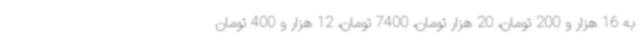
به 16 هزار و 200 تومان، 20 هزار تومان، 7400 تومان، 12 هزار و 400 تومان